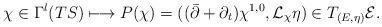
LaTeX: \begin{align*}\chi\in\Gamma^l(TS)\longmapsto P(\chi)=((\bar\partial+\partial_t)\chi^{1,0},\mathcal L_\chi\eta)\in T_{(E,\eta)}\mathcal E.\end{align*}